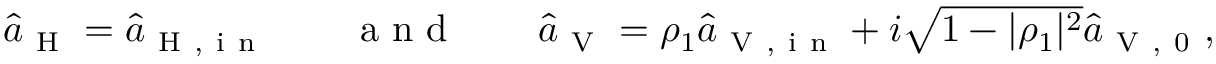
\begin{array} { r } { \hat { a } _ { \mathrm { ~ H ~ } } = \hat { a } _ { \mathrm { ~ H ~ , ~ i ~ n ~ } } \qquad \mathrm { ~ a ~ n ~ d ~ } \qquad \hat { a } _ { \mathrm { ~ V ~ } } = \rho _ { 1 } \hat { a } _ { \mathrm { ~ V ~ , ~ i ~ n ~ } } + i \sqrt { 1 - | \rho _ { 1 } | ^ { 2 } } \hat { a } _ { \mathrm { ~ V ~ , ~ 0 ~ } } , } \end{array}